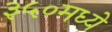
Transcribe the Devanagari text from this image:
३५०मध्ये